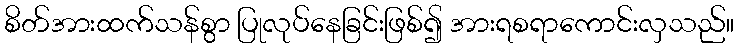
စိတ်အားထက်သန်စွာ ပြုလုပ်နေခြင်းဖြစ်၍ အားရစရာကောင်းလှသည်။